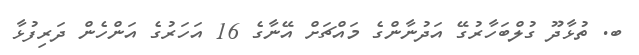
ބ. ތުޅާދޫ ގުލްބަހާރުގޭ އަދުނާންގެ މައްޗަށް އޭނާގެ 16 އަހަރުގެ އަންހެން ދަރިފުޅާ